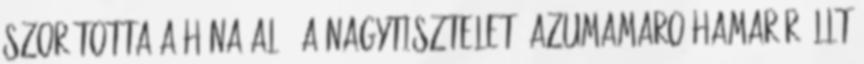
szorította a hóna alá. A nagytiszteletű Azumamaro hamar ráállt